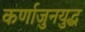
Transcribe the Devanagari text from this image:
कर्णाजुनयुद्ध